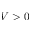
V > 0